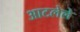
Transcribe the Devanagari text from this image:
आटलेले